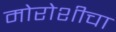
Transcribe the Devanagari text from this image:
मोरोशीचा